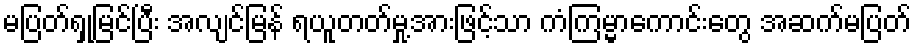
မပြတ်ရှုမြင်ပြီး အလျင်မြန် ရယူတတ်မှု့အားဖြင့်သာ ကံကြမ္မာကောင်းတွေ အဆက်မပြတ်